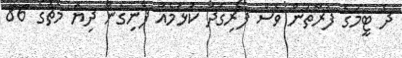
ދެ ޓީމުގެ ފަރާތުން ވެސް ފޯރިގަދަ ކުޅުމެއް ފެނިގެން ދިޔަ މެޗުގެ 86